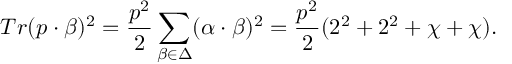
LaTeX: T r ( p \cdot \beta ) ^ { 2 } = { \frac { p ^ { 2 } } { 2 } } \sum _ { \beta \in \Delta } ( \alpha \cdot \beta ) ^ { 2 } = { \frac { p ^ { 2 } } { 2 } } ( 2 ^ { 2 } + 2 ^ { 2 } + \chi + \chi ) .